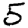
Digit: 5